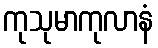
ကုသုမာကုလာနံ